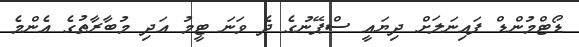
ޑޯޓްމުންޑް ފައިނަލަށް ދިޔައީ ސްޕޭނުގެ ދެ ވަނަ ޓީމު އަދި މުބާރާތުގެ އެންމެ